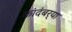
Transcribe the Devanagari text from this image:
कांदंबर्‍या